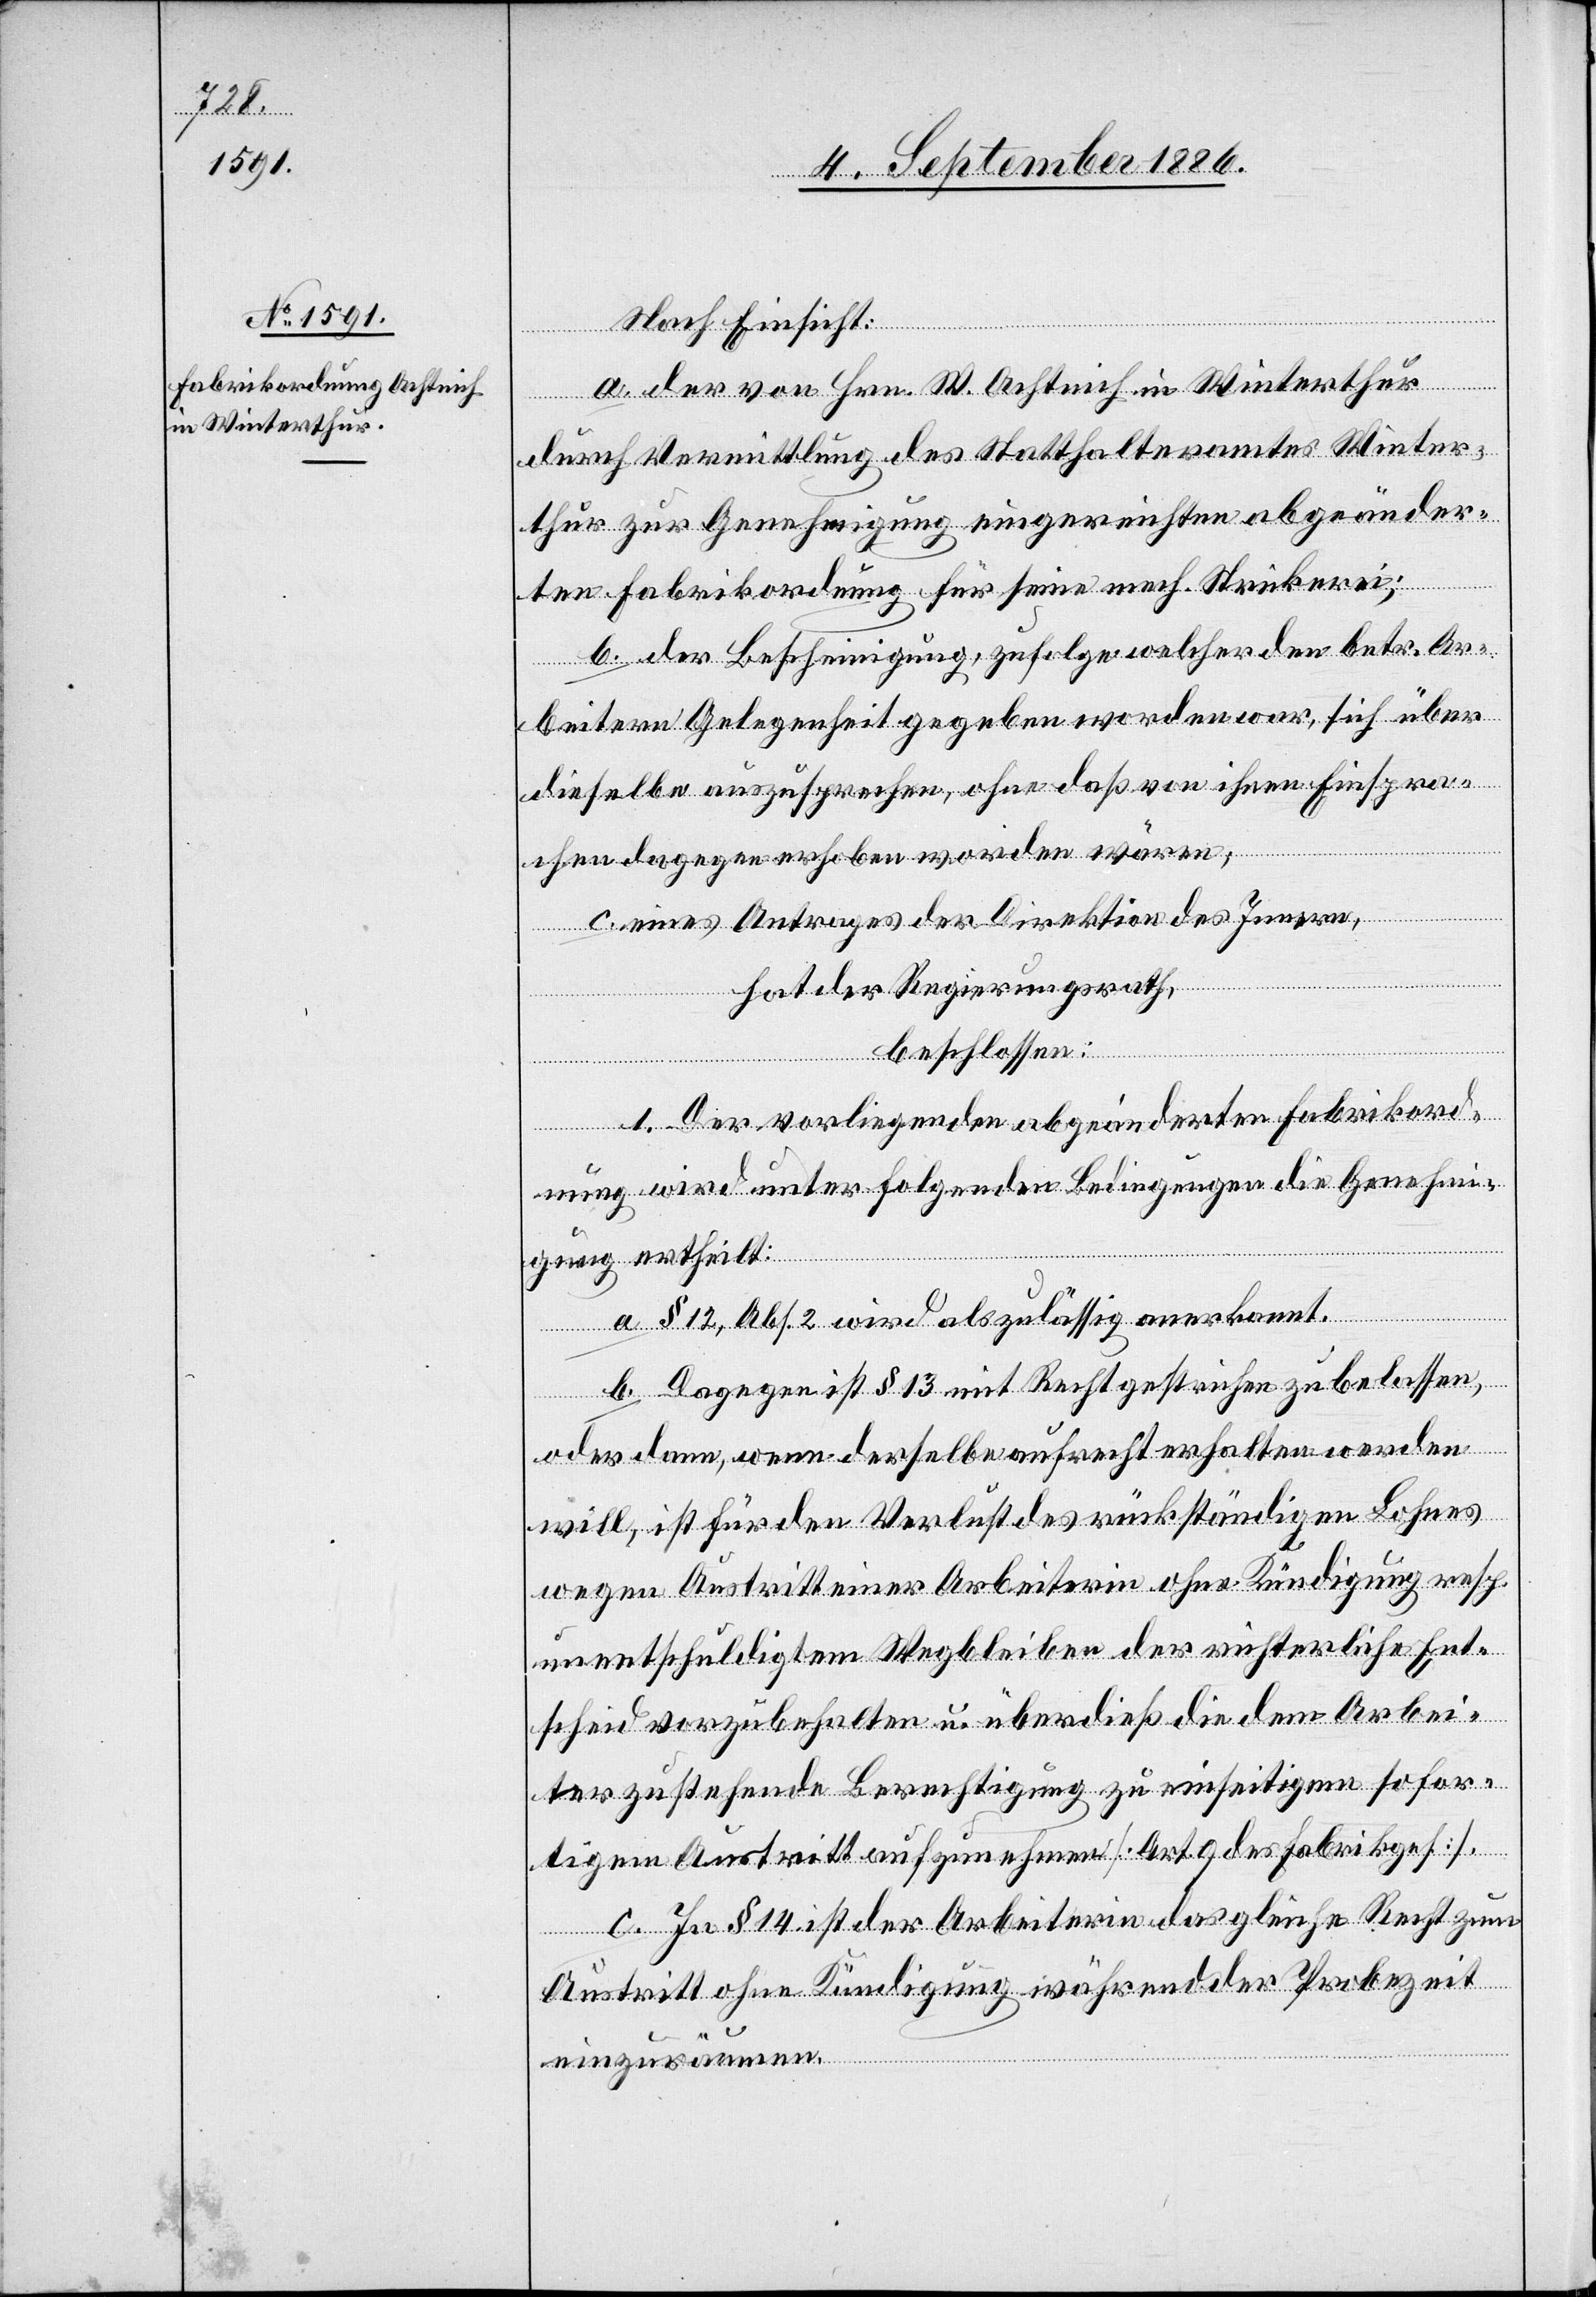
Nach Einsicht:
a. der von Hrn. W. Achtnich in Winterthur
durch Vermittlung des Statthalteramtes Winter¬
thur zur Genehmigung eingereichten abgeänder¬
ten Fabrikordnung für seine mech. Strickerei;
b. der Bescheinigung, zufolge welcher den betr. Ar¬
beitern Gelegenheit gegeben worden war, sich über
dieselbe auszusprechen, ohne daß von ihnen Einspra¬
chen dagegen erhoben worden wären;
c. eines Antrages der Direktion des Innern,
hat der Regierungsrath,
beschlossen:
1. Der vorliegenden abgeänderten Fabrikord¬
nung wird unter folgenden Bedingungen die Genehmi¬
gung ertheilt:
a. § 12, Abs. 2 wird als zulässig anerkannt.
b. Dagegen ist § 13 mit Recht gestrichen zu lassen,
oder dann, wenn derselbe aufrecht erhalten werden
will, ist für den Verlust des rückständigen Lohnes
wegen Austritt einer Arbeiterin ohne Kündigung resp.
unentschuldigtem Wegbleiben der richterliche Ent¬
scheid vorzubehalten u. überdieß die dem Arbei¬
ter zustehende Berechtigung zu einseitigem sofor¬
tigem Austritt aufzunehmen [Art. 9 des Fabrikges.].
c. In § 14 ist der Arbeiterin das gleiche Recht zum
Austritt ohne Kündigung während der Probezeit
einzuräumen.